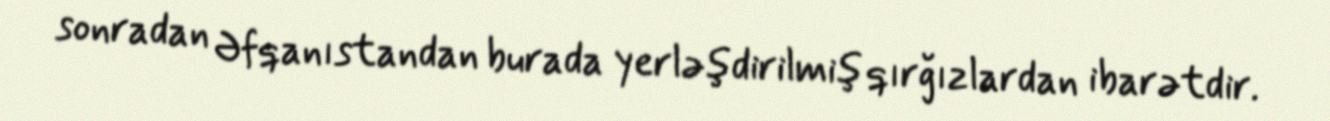
sonradan Əfqanıstandan burada yerləşdirilmiş qırğızlardan ibarətdir.